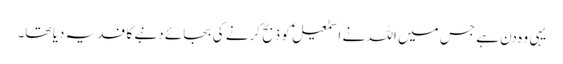
یہی وہ دن ہے جس میں اللہ نے اسمٰعیلؑ کو ذبح کرنے کی بجائے دنبے کا فدیہ دیا تھا۔